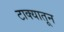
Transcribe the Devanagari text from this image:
टाक्यातून